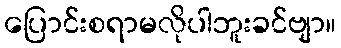
ပြောင်းစရာမလိုပါဘူးခင်ဗျာ။